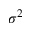
\sigma ^ { 2 }